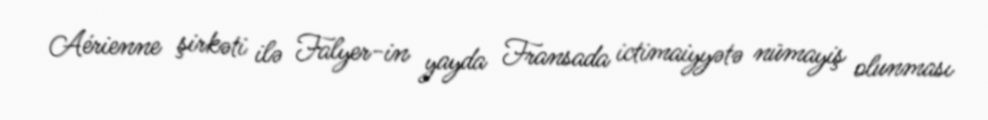
Aérienne şirkəti ilə Falyer-in yayda Fransada ictimaiyyətə nümayiş olunması